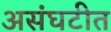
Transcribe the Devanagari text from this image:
असंघटीत